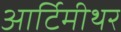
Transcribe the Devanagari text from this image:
आर्टिमीथर